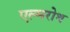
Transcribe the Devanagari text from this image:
एल्मरोथ